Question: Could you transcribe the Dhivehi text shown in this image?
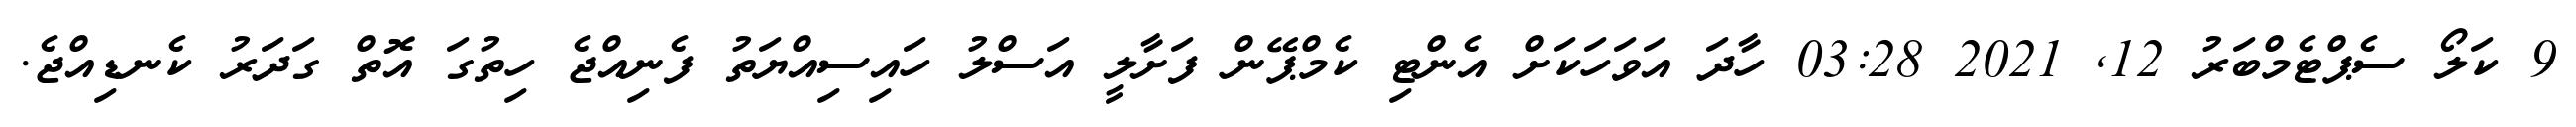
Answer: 9 ކަލޯ ސެޕްޓެމްބަރު 12, 2021 03:28 ހާދަ އަވަހަކަށް އެންޓި ކެމްޕޭން ފަށާލީ އަސްލު ހައިސިއްޔަތު ފެނިއްޖެ ހިތުގަ އޮތް ގަދަރު ކެނޑިއްޖެ.